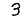
Digit: 3